Calcutta medical institutions reports 1892-1900
Year: 1892
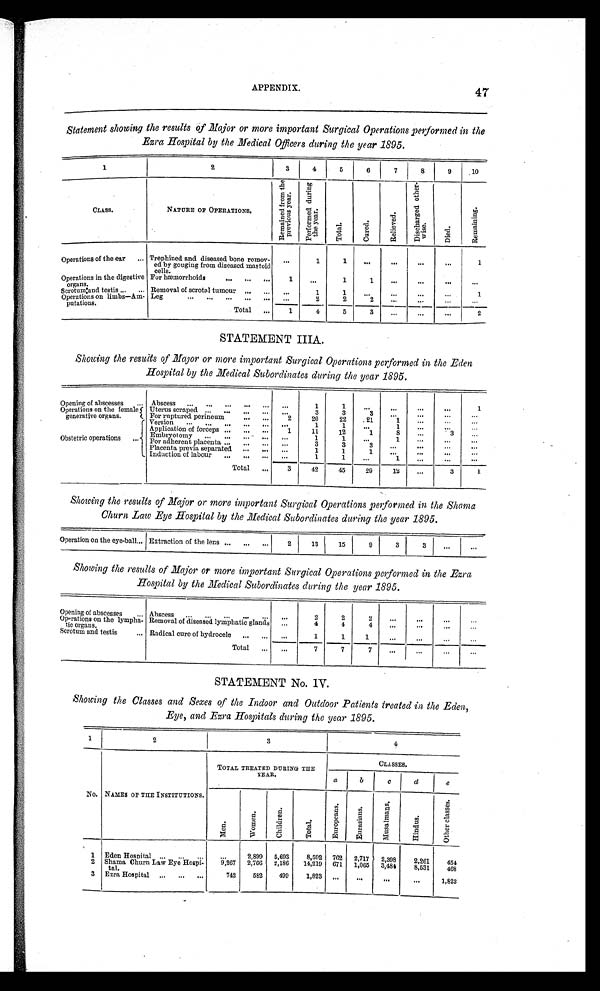
APPENDIX.
47
Statement showing the results of Major or more important Surgical Operations performed in the
Ezra Hospital by the Medical Officers during the year 1895.
1
2
3
4
5
6
7
8
9
10
CLASS.
NATURE OF OPERATIONS.
R e m a i n e d f r o m t h e p r e v i o u s y e a r .
P e r f o r m e d d u r i n g t h e y e a r .
T o t a l .
C u r e d .
R e l i e v e d .
D i s c h a r g e d o t h e r - w i s e .
D i e d .
R e m a i n i n g .
Operations of the ear . . . Trephined and diseased bone remov -
ed by gouging from diseased mastoid
c e l l s . . . .
. . .
1
1
. . .
. . .
. . .
. . .
1
Operations in the digestive
o r g a n s .
For hæmorrhoids . . .
1
. . .
1
1
. . .
. . .
. . .
. . .
Scrotum and testis . . . Removal of scrotal tumour
. . .
. . .
1
1
. . .
. . .
. . .
. . .
1
Operations on limbs—Am-putations. Leg
.
.
.
. . .
2
2 2
. . .
. . .
. . .
. . .
Total . . .
1
4
5
3
. . .
. . .
. . .
2
STATEMENT IIIA.
Showing the results of Major or more important Surgical Operations performed in the Eden
Hospital by the Medical Subordinates during the year 1895.
Opening of abscesses . . . Abscess
. . .
. . .
1
1
. . .
. . .
. . .
. . .
1
Operations on the female
generative organs.
Uterus scraped . . .
. . .
3
3
3
. . .
. . .
. . .
. . .
For ruptured perineum . . .
2
20
22
21
1
. . .
. . .
. . .
Obstetric operations . . .
Version
. . .
. . .
1
1
. . .
1
. . .
. . .
. . .
Application of forceps . . .
1
11
12
1
8
. . .
3
. . .
Embryotomy . . .
. . .
1
1
. . .
1
. . .
. . .
. . .
For adherent placenta . . .
. . .
3
3
3
. . .
. . .
. . .
. . .
Placenta previa separated . . .
. . .
1
1
1
. . .
. . .
. . .
. . .
Induction of labour . . .
. . . 1
1
. . .
1
. . .
. . .
. . .
Total . . .
3
42
45
29
12
. . .
3
1
Showing the results of Major or more important Surgical Operations performed in the Shama
Churn Law Eye Hospital by the Medical Subordinates during the year 1895.
Operation on the eye-ball . . . Extraction of the lens
. . .
2
13
15
9
3
3
. . .
. . .
Showing the results of Major or more important Surgical Operations performed in the Ezra
Hospital by the Medical Subordinates during the year 1895.
Opening of abscesses . . . Abscess . . .
. . .
2
2
2
. . .
. . .
. . .
. . .
Operations on the lympha-
tic organs. . . .
Removal of diseased lymphatic glands
. . .
4
4
4
. . .
. . .
. . .
. . .
Scrotum and testis . . . Radical cure of hydrocele . . .
. . .
1
1
1
. . .
. . .
. . .
. . .
Total . . .
. . .
7
7
7
. . .
. . .
. . .
. . .
STATEMENT No. IV.
Showing the Classes and Sexes of the Indoor and Outdoor Patients treated in the Eden,
Eye, and Ezra Hospitals during the year 1895.
1
2
3
4
No. NAMES OF THE INSTITUTIONS.
TOTAL TREATED DURING THE
YEAR.
CLASSES.
a
b
c
d
e
M e n .
W o m e n .
C h i l d r e n .
T o t a l .
E u r o p e a n s .
E u r a s i a n s .
M u s a l m a n s .
H i n d u s .
O t h e r c l a s s e s .
1
Eden Hospital
. . .
. . . 2,899
5,693
8,592
762
2,717
2,398
2,261
454
9,267
Shama Churn Law Eye Hospi-
tal.
2,766
2,186
14,219
671
1,065
3,484
8,531
468
2
3
Ezra Hospital
. . .
742
582
499
1,823
. . .
. . . . . .
. . . 1,823